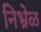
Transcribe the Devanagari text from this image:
निभ्रेळ